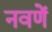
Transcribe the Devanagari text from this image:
नवणें